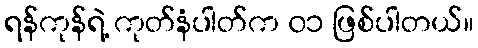
ရန်ကုန်ရဲ့ ကုတ်နံပါတ်က ၀၁ ဖြစ်ပါတယ်။